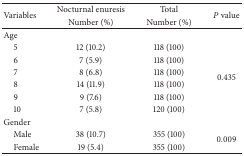
| <ROWSPAN=2> Variables | Nocturnal enuresis | Total | <ROWSPAN=2> P value |
 | Number (%) | Number (%) |
 | --- | --- | --- | --- |
 | Age |  |  |  |
 | 5 | 12 (10.2) | 118 (100) | <ROWSPAN=6> 0.435 |
 | 6 | 7 (5.9) | 118 (100) |
 | 7 | 8 (6.8) | 118 (100) |
 | 8 | 14 (11.9) | 118 (100) |
 | 9 | 9 (7.6) | 118 (100) |
 | 10 | 7 (5.8) | 120 (100) |
 | Gender |  |  |  |
 | Male | 38 (10.7) | 355 (100) | <ROWSPAN=2> 0.009 |
 | Female | 19 (5.4) | 355 (100) |